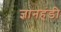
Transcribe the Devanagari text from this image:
ज्ञानहंडी